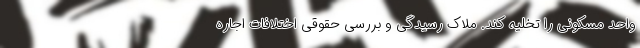
واحد مسکونی را تخلیه کند. ملاک رسیدگی و بررسی حقوقی اختلافات اجاره